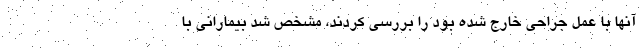
آنها با عمل جراحی خارج شده بود را بررسی کردند، مشخص شد بیمارانی با